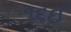
૧૬ઈ